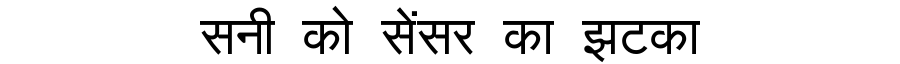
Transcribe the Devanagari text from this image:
सनी को सेंसर का झटका